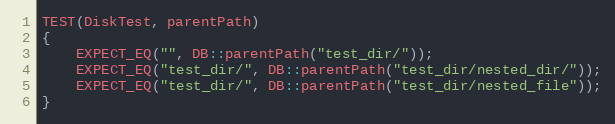
Language: C++
TEST(DiskTest, parentPath)
{
    EXPECT_EQ("", DB::parentPath("test_dir/"));
    EXPECT_EQ("test_dir/", DB::parentPath("test_dir/nested_dir/"));
    EXPECT_EQ("test_dir/", DB::parentPath("test_dir/nested_file"));
}